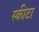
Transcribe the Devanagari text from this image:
स्कीटा